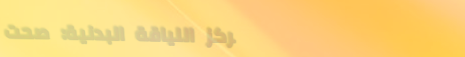
مركز اللياقة البدنية: صحت